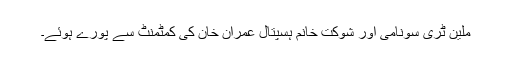
ملین ٹری سونامی اور شوکت خانم ہسپتال عمران خان کی کمٹمنٹ سے پورے ہوئے۔